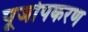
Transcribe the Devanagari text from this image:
पूजोपकरण